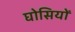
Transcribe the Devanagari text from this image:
घोसियों